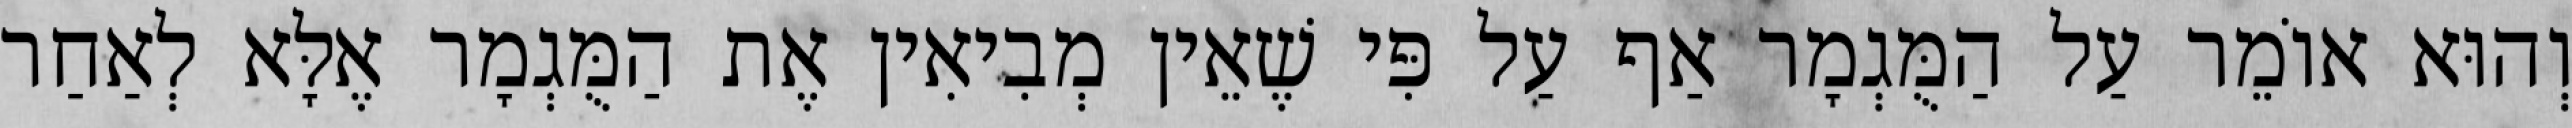
וְהוּא אוֹמֵר עַל הַמֻּגְמָר אַף עַל פִּי שֶׁאֵין מְבִיאִין אֶת הַמֻּגְמָר אֶלָּא לְאַחַר